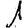
Digit: 1